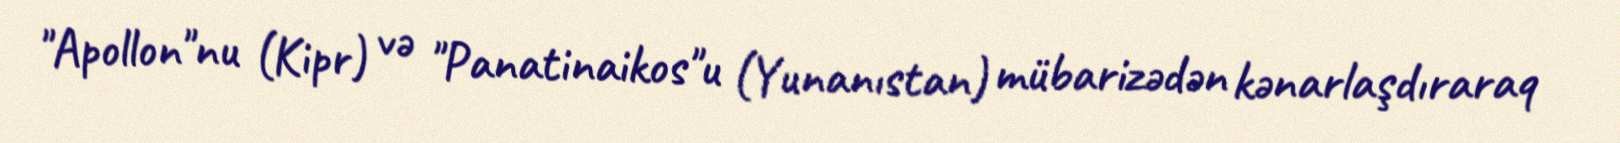
"Apollon"nu (Kipr) və "Panatinaikos"u (Yunanıstan) mübarizədən kənarlaşdıraraq